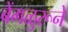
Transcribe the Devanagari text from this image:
बेंगळुरूने